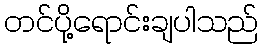
တင်ပို့ရောင်းချပါသည်